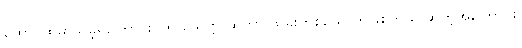
ထောင်ထဲမှာသိခဲ့ရကြောင်း၊ ကို သေတ္တာဆိုတာ သူခိုးတစ်ယောက်ဖြစ်တယ် ဆိုတဲ့အကြောင်း၊